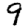
Digit: 9